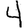
Digit: 4